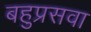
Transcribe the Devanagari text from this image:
बहुप्रसवा